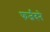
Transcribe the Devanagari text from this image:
फर्जंदने